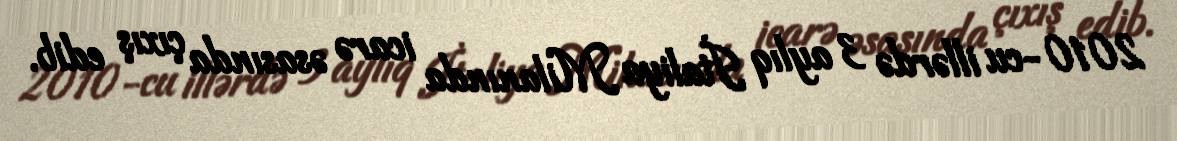
2010-cu illərdə 3 aylıq İtaliya Milanında icarə əsasında çıxış edib.